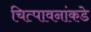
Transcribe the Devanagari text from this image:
चित्पावनांकडे